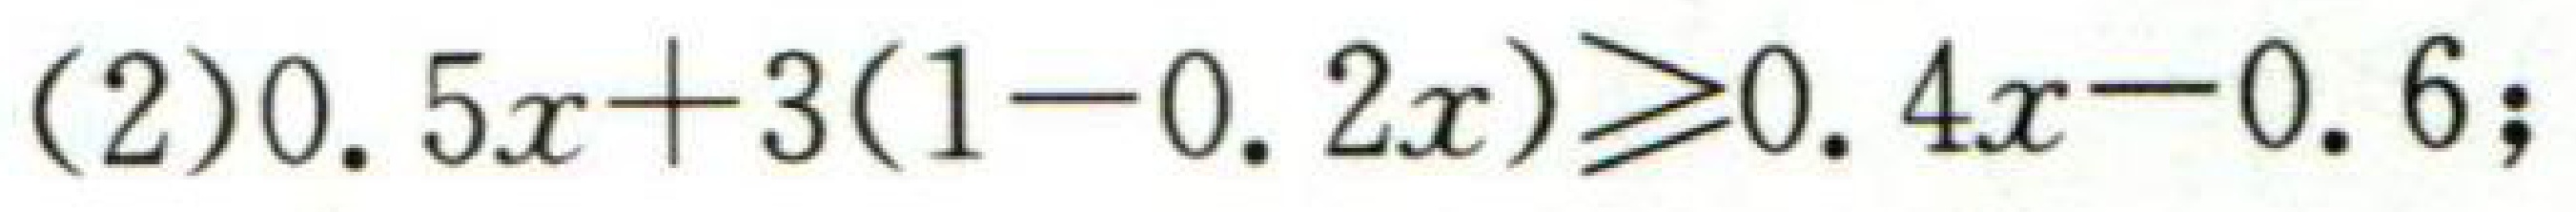
(2)$0.5x + 3(1 - 0.2x)\geq0.4x - 0.6$;